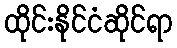
ထိုင်းနိုင်ငံဆိုင်ရာ